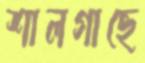
শালগাছে